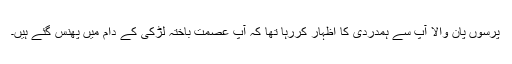
پرسوں پان والا آپ سے ہمدردی کا اظہار کررہا تھا کہ آپ عصمت باختہ لڑکی کے دام میں پھنس گئے ہیں۔